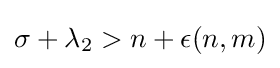
\sigma +\lambda _{2}>n+\epsilon (n,m)